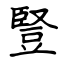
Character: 豎